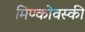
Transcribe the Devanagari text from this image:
मिण्कोवस्की